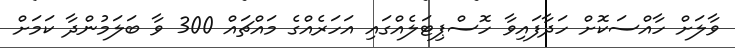
ވާލަށް ހާއްސަކޮށް ހަދާފައިވާ ހޮސްޕިޓަލެއްގައި އަހަރެއްގެ މައްޗައް 300 ވާ ބަލަމުންދާ ކަމަށް